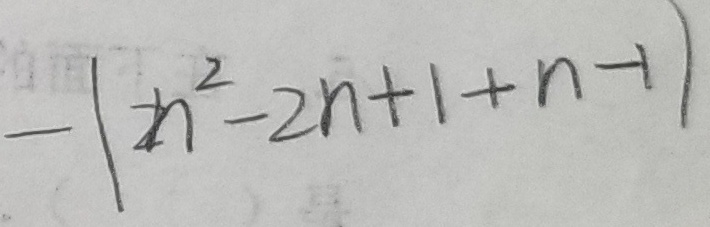
- ( n ^ { 2 } - 2 n + 1 + n - 1 )